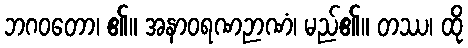
ဘဂဝတော၊ ၏။ အနာဝရဏဉာဏံ၊ မည်၏။ တဿ၊ ထို